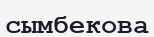
сымбекова